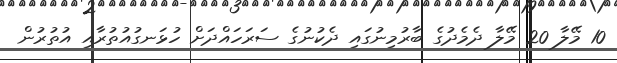
10 މޭލާ 20 މޭލާ ދެމެދުގެ ބާރުމިނުގައި ދެކުނުގެ ސަރަހައްދަށް ހުޅަނގުއުތުރާއި އުތުރުން